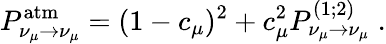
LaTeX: P_{\nu_{\mu}\rightarrow\nu_{\mu}}^{\mathrm{atm}}=(1-c_{\mu})^{2}+c_{\mu}^{2}P_{\nu_{\mu}\rightarrow\nu_{\mu}}^{(1;2)}\; .